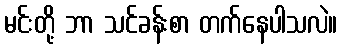
မင်းတို့ ဘာ သင်ခန်းစာ တက်နေပါသလဲ။